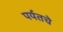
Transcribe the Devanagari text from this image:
पर्यतचे